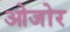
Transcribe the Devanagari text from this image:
ओजोर